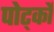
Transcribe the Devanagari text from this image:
पोर्ट्को